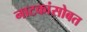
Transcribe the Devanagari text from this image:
नाटकांसोबत